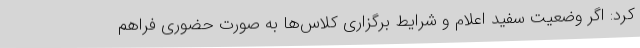
کرد: اگر وضعیت سفید اعلام و شرایط برگزاری کلاس‌ها به صورت حضوری فراهم